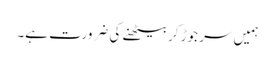
ہمیں سر جوڑ کر بیٹھنے کی ضرورت ہے۔